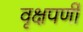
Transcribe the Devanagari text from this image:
वृक्षपर्णी